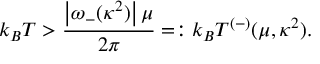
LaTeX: k _ { B } T > \frac { \left| \omega _ { - } ( \kappa ^ { 2 } ) \right| \mu } { 2 \pi } = : k _ { B } T ^ { ( - ) } ( \mu , \kappa ^ { 2 } ) .